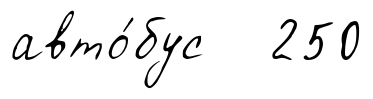
авто́бус 250